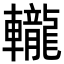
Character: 𨏠